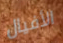
الأفيال